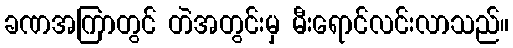
ခဏအကြာတွင် တဲအတွင်းမှ မီးရောင်လင်းလာသည်။